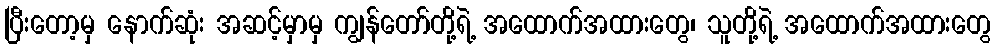
ပြီးတော့မှ နောက်ဆုံး အဆင့်မှာမှ ကျွန်တော်တို့ရဲ့ အထောက်အထားတွေ၊ သူတို့ရဲ့ အထောက်အထားတွေ